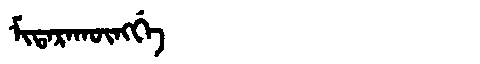
Manchu: ᠮᡳᡨᠠᡵᠠᡴᡡᠩᡤᡝ
Romanization: MITARAKŪNGGE